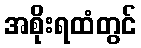
အစိုးရထံတွင်